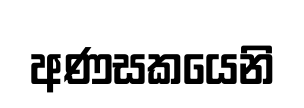
අණසකයෙනි